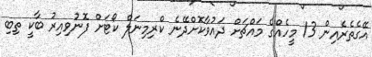
އޭގެތެރެއިން 13 މީހެއްގެ މައްޗަށް ދައުވާކޮށްދޭނެ ކްރިމިނަލް ކޯޓަށް ފޮނުވިއިރު ބާކީ ތިބި